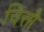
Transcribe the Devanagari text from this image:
चित्तौ